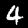
Label: 4